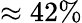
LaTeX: \approx 42\%